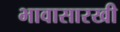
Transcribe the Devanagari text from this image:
भावासारखी